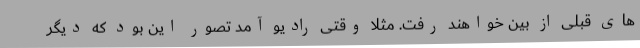
های قبلی از بین خواهند رفت. مثلا وقتی رادیو آمد تصور این بود که دیگر